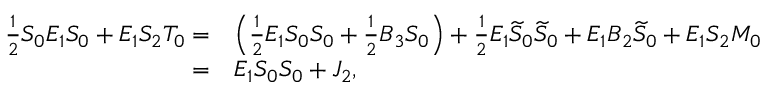
\begin{array} { r l } { \frac { 1 } { 2 } S _ { 0 } E _ { 1 } S _ { 0 } + E _ { 1 } S _ { 2 } T _ { 0 } = } & { \Big ( \frac { 1 } { 2 } E _ { 1 } S _ { 0 } S _ { 0 } + \frac { 1 } { 2 } B _ { 3 } S _ { 0 } \Big ) + \frac { 1 } { 2 } E _ { 1 } \widetilde { S } _ { 0 } \widetilde { S } _ { 0 } + E _ { 1 } B _ { 2 } \widetilde { S } _ { 0 } + E _ { 1 } S _ { 2 } M _ { 0 } } \\ { = } & { E _ { 1 } S _ { 0 } S _ { 0 } + J _ { 2 } , } \end{array}